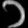
Digit: ၁